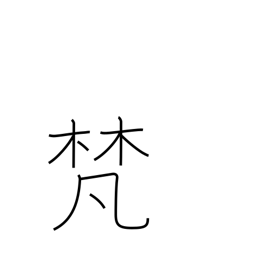
Meaning: Buddhist